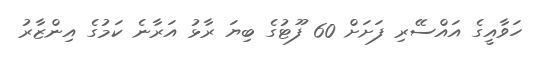
ހަވާއީގެ އައްސޭރި ފަށަށް 60 ފޫޓުގެ ބިޔަ ރާޅު އަރާނެ ކަމުގެ އިންޒާރު